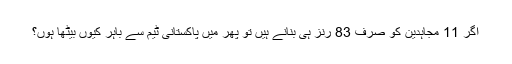
اگر 11 مجاہدین کو صرف 83 رنز ہی بنانے ہیں تو پھر میں پاکستانی ٹیم سے باہر کیوں بیٹھا ہوں؟